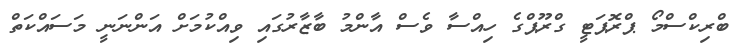
ބްރިކްސްމޯ ޕްރޮޕަޓީ ގްރޫޕްގެ ހިއްސާ ވެސް އާންމު ބާޒާރުގައި ވިއްކުމަށް އަންނަނީ މަސައްކަތް